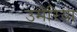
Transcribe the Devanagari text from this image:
उमेरिया